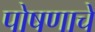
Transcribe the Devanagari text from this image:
पोषणाचे